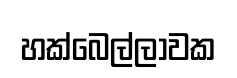
හක්බෙල්ලාවක